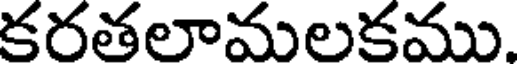
కరతలామలకము